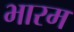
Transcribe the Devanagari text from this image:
भारम